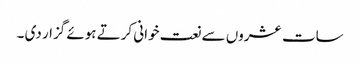
سات عشروں سے نعت خوانی کرتے ہوئے گزار دی ۔